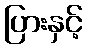
ပြားနှင့်